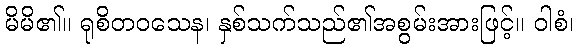
မိမိ၏။ ရုစိတဝသေန၊ နှစ်သက်သည်၏အစွမ်းအားဖြင့်။ ဝါစံ၊